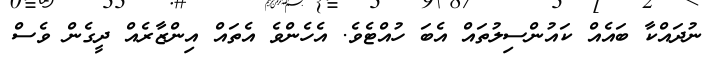
ނުދައްކާ ބައެއް ކައުންސިލުތައް އެބަ ހުއްޓެވެ. އެހެންވެ އެތައް އިންޒާރެއް ދީގެން ވެސް